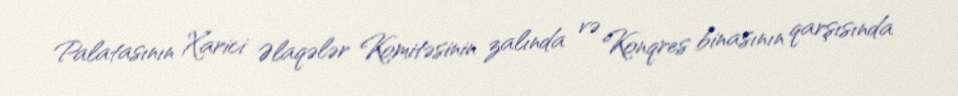
Palatasının Xarici Əlaqələr Komitəsinin zalında və Konqres binasının qarşısında